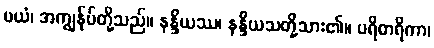
မယံ၊ အကျွန်ုပ်တို့သည်။ နန္ဒိယဿ၊ နန္ဒိယသတို့သား၏။ ပရိစာရိကာ၊